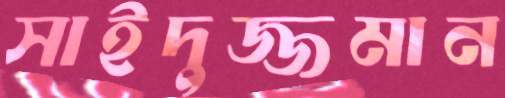
সাইদুজ্জমান